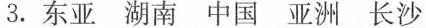
3.东亚 湖南 中国 亚洲 长沙